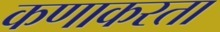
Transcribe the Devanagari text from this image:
कणाकरता